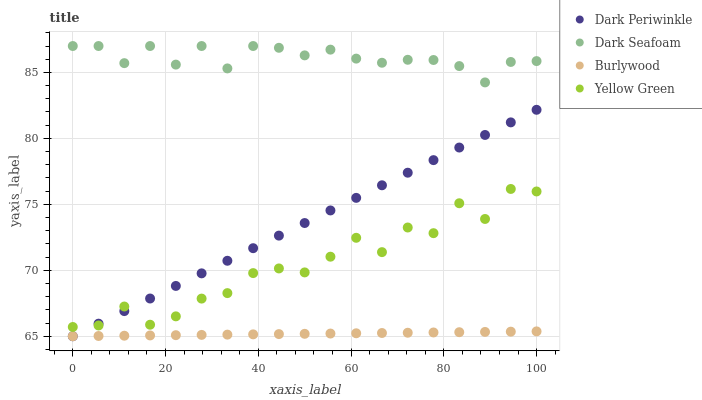
| xaxis_label | Dark Periwinkle | Dark Seafoam | Burlywood | Yellow Green |
 | --- | --- | --- | --- | --- |
 | 0 | 65 | 87 | 65 | 65.7 |
 | 5.56 | 66 | 87 | 65 | 65.8 |
 | 11.1 | 66.9 | 85.7 | 65 | 67.3 |
 | 16.7 | 67.9 | 87 | 65.1 | 65.9 |
 | 22.2 | 68.8 | 85.6 | 65.1 | 66.5 |
 | 27.8 | 69.8 | 87 | 65.1 | 67.9 |
 | 33.3 | 70.7 | 85.3 | 65.1 | 68.3 |
 | 38.9 | 71.7 | 87 | 65.1 | 69.8 |
 | 44.4 | 72.6 | 86.9 | 65.2 | 70.1 |
 | 50 | 73.6 | 86.3 | 65.2 | 69.8 |
 | 55.6 | 74.5 | 86.7 | 65.2 | 71 |
 | 61.1 | 75.5 | 86 | 65.2 | 72.5 |
 | 66.7 | 76.4 | 85.7 | 65.2 | 71.4 |
 | 72.2 | 77.4 | 86 | 65.3 | 73.2 |
 | 77.8 | 78.4 | 85.9 | 65.3 | 72.8 |
 | 83.3 | 79.3 | 85.5 | 65.3 | 75.1 |
 | 88.9 | 80.3 | 84.2 | 65.3 | 73.9 |
 | 94.4 | 81.2 | 85.8 | 65.3 | 76.2 |
 | 100 | 82.2 | 85.9 | 65.4 | 76 |